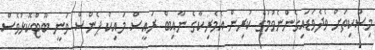
މިސްކިތަށް ވެދެވަޑައިގެންނެވުމުގެ ކުރިން އެމެރިކާގެ ނާއިބް ރައީސް މައިކް ޕެންސް ވަނީ ބޫޓްކޮޅުވެސް